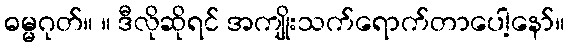
ဓမ္မဂုတ်။ ။ ဒီလိုဆိုရင် အကျိုးသက်ရောက်တာပေါ့နော်။